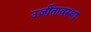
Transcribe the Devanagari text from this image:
उर्जीतावस्था